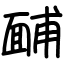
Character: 䩉